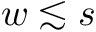
w \lesssim s